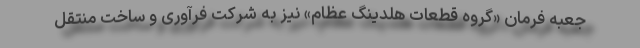
جعبه فرمان «گروه قطعات هلدینگ عظام» نیز به شرکت فرآوری و ساخت منتقل